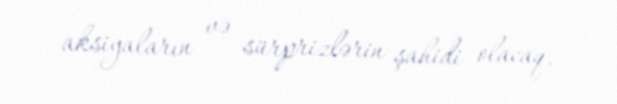
aksiyaların və sürprizlərin şahidi olacaq.